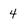
Character: 4